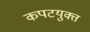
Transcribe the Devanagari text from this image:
कपटयुक्त